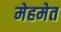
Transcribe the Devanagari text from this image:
मेहमेत